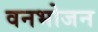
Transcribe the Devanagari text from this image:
वनभोजन